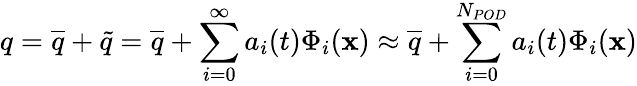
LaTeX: q=\overline{{q}}+\tilde{q}=\overline{{q}}+\sum_{i=0}^{\infty}a_{i}(t)\Phi_{i}(\mathbf{x})\approx\overline{{q}}+\sum_{i=0}^{N_{POD}}a_{i}(t)\Phi_{i}(\mathbf{x})